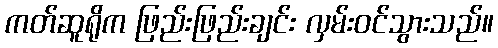
ကတ်ဆူရိုက ဖြည်းဖြည်းချင်း လှမ်းဝင်သွားသည်။